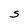
Character: g